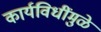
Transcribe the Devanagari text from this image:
कार्यविधींमुळे